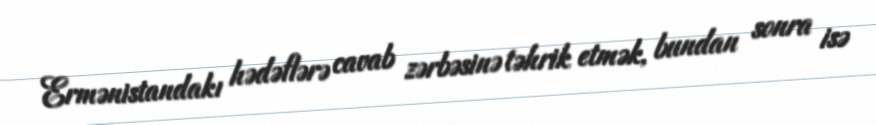
Ermənistandakı hədəflərə cavab zərbəsinə təhrik etmək, bundan sonra isə